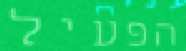
הפעיל